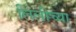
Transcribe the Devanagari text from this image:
लिलीच्या